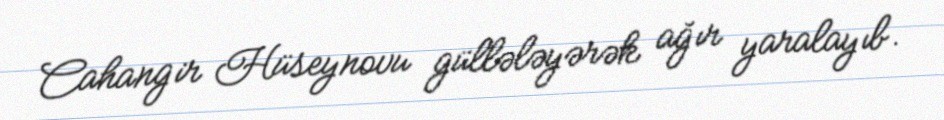
Cahangir Hüseynovu güllələyərək ağır yaralayıb.